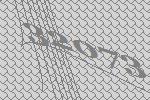
32073